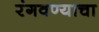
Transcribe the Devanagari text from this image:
रंगवण्याचा